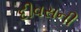
દીવસની